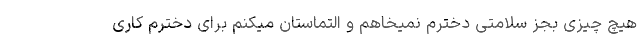
هیچ چیزی بجز سلامتی دخترم نمیخاهم و التماستان میکنم برای دخترم کاری